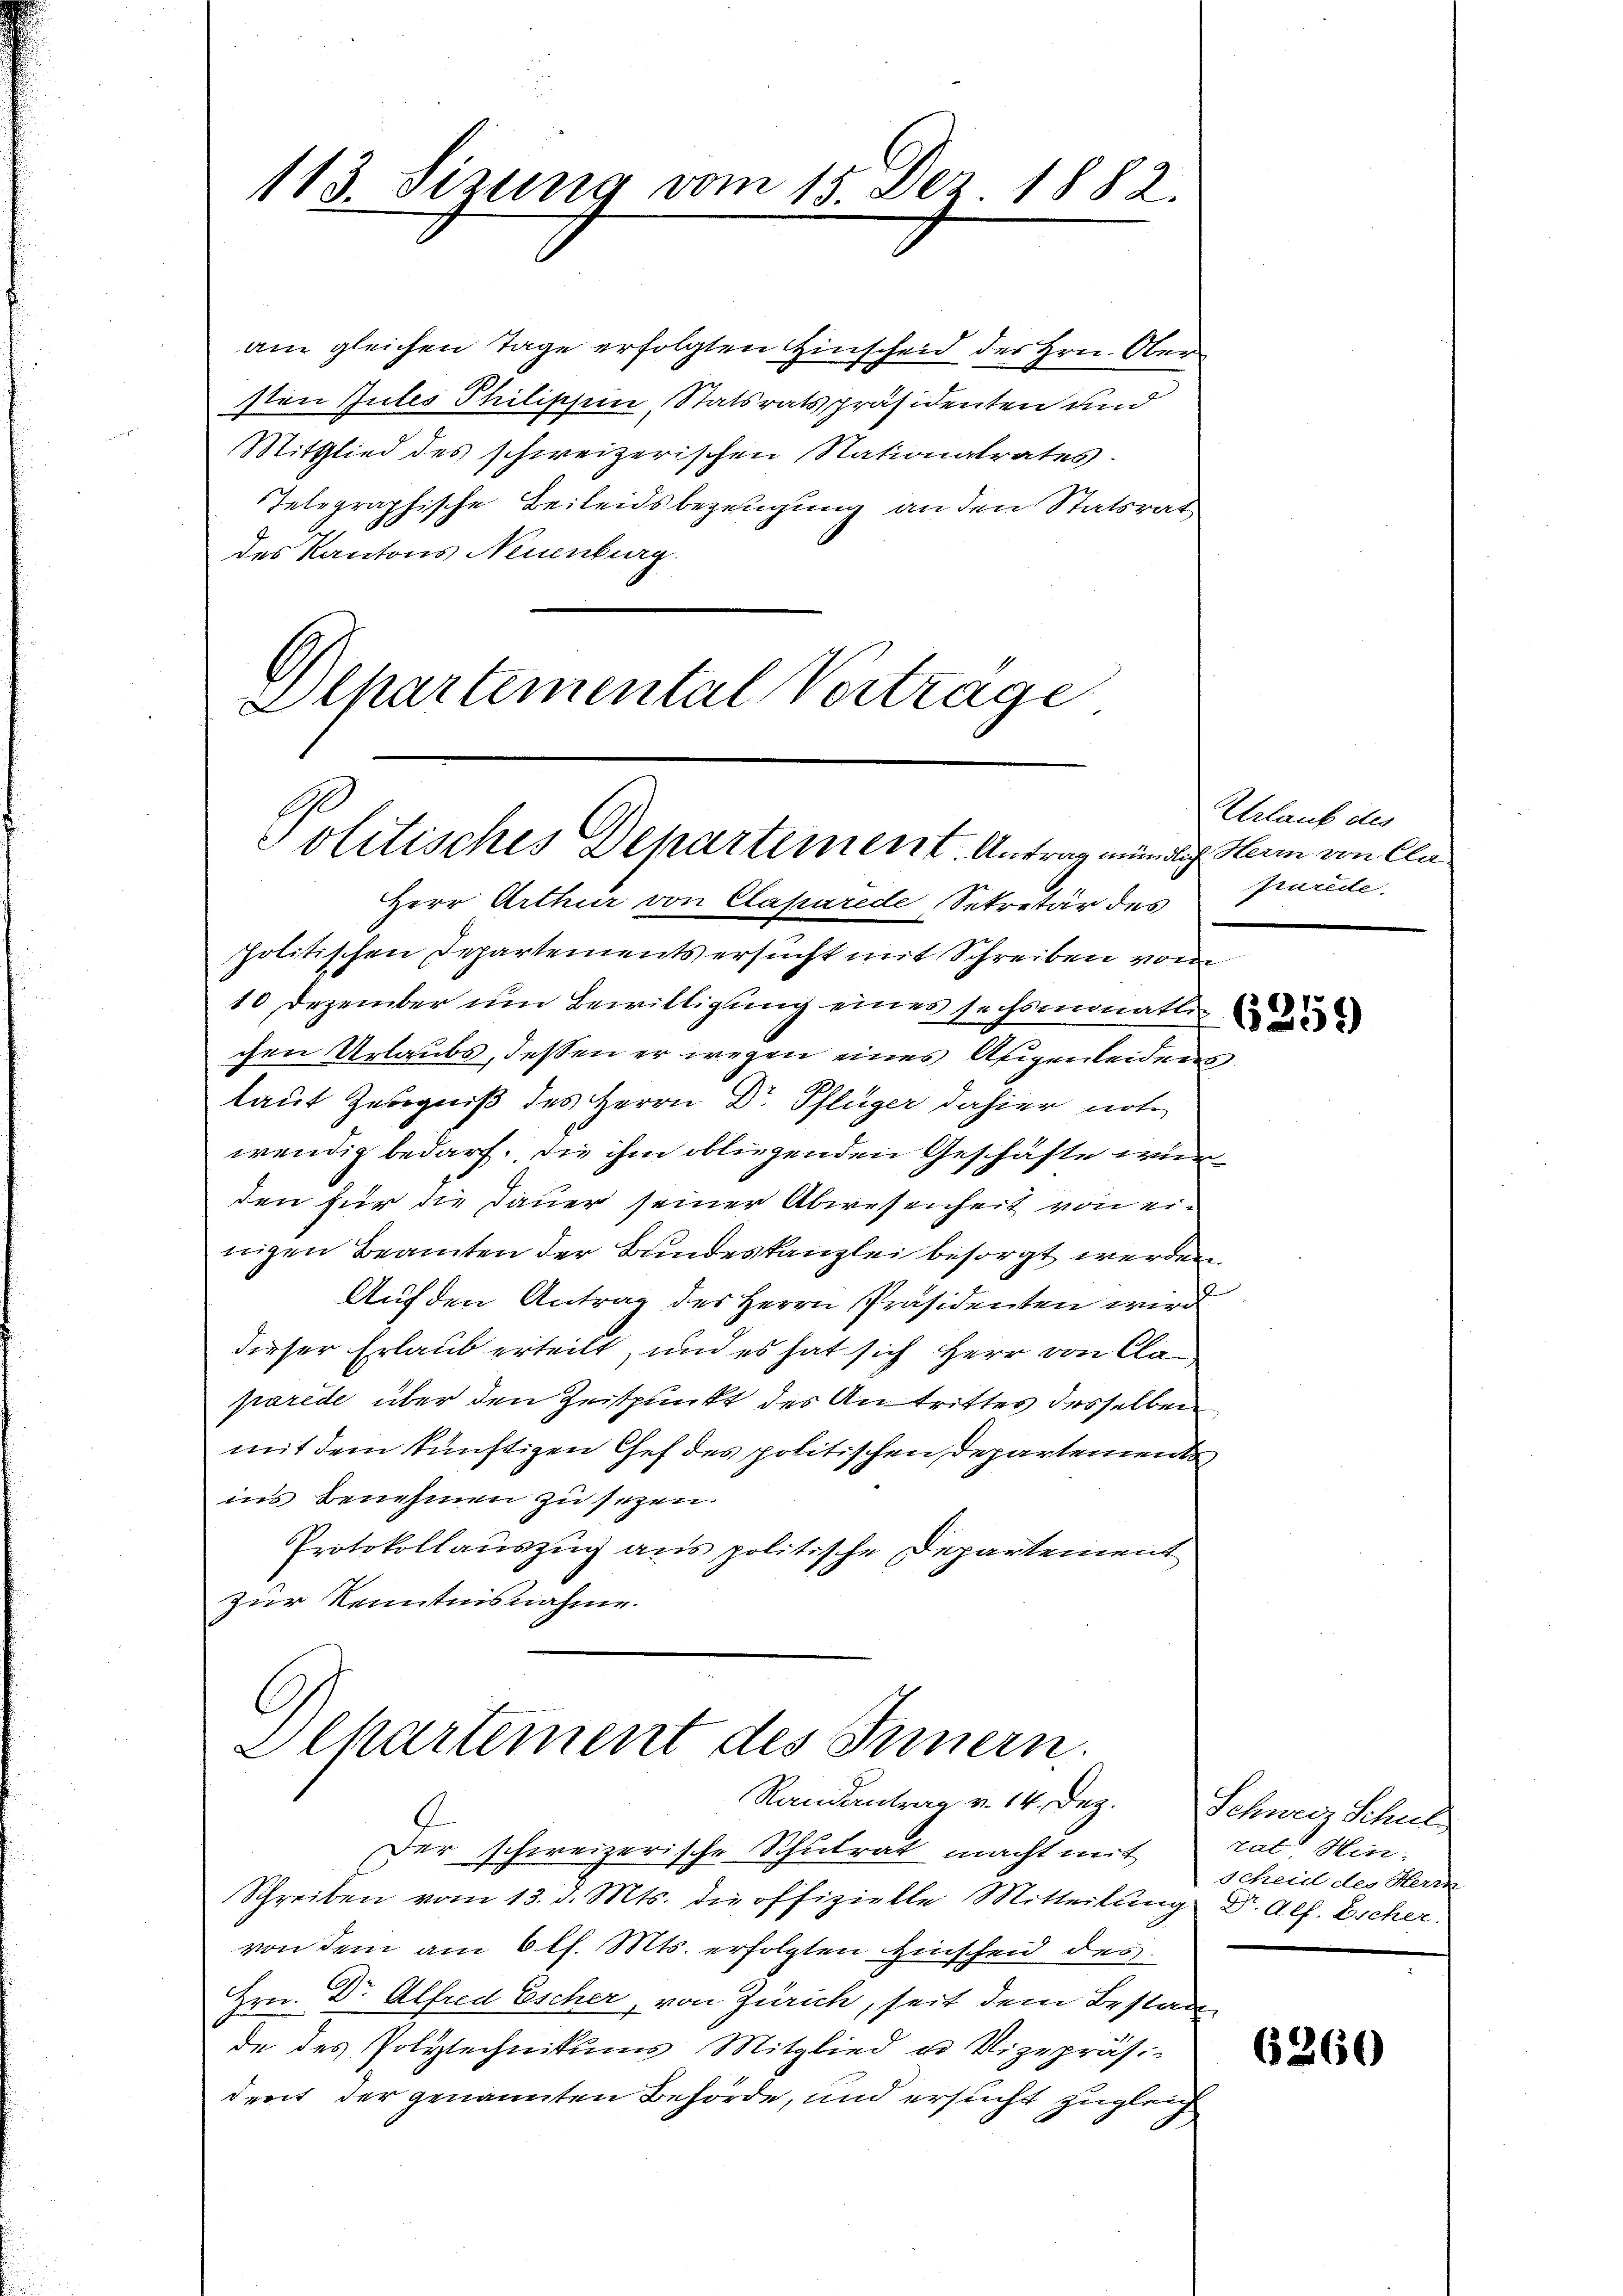
113. Sizung vom 15. Der 1882.

am gleichen Tage erfolgten Einscheid des Hrn. Ober
sten Jules Philischein, Statsratspräsidenten und
Mitglied des schweizerischen Nationalrates.
Telegraphische Beileidsbezeugung an den Statsrat
des Kantons Neuenburg.
Departemental Vertrage

Politisches Departement. Antrag mündlich Heim von Cla

Herr Arthur von Claparede Sekretär des
politischen Departements ersucht mit Schreiben vom
10 Dezember um Bewilligung eines sechsmonation de
chen Urlaubs, dessen er wegen eines Augenleidens
laut Zeugniß des Herrn Dr Pflüger dahier not
wendig bedarf. Die ihm obliegenden Geschäfte wurden für die Dauer seiner Abwesenheit von einigen Beamten der Bundeskanzlei besorgt werden.
Auf den Antrag des Herrn Präsidenten wird
dieser Erlaub erteilt, und es hat sich Herr von Clan
paride über den Zeitpunkt des Antrittes desselben
mit dem künftigen Chef des politischen Departemente
ins Benehmen zu sezen.
Protokollauszug aus politische Departement
zur Kenntnisnahme.

Elkartement des Innern.
Randantrag v. 14. Dez. Schweiz Schul

Urlaub des
prurede.

Der schweizerische Schulrat macht mit
Schreiben vom 13. d. Mts. die offizielle Mitteilung Dr. Alf. Eicher
von dem am 6 l. Mts. erfolgten Hinscheid des
Hrn. Dr Alfred Escher, von Zürich, seit dem Bestan
de des Polytechnikums Mitglied u Vizepräsi-
dert der genannten Behörde, und ersucht zugleich

rat Hin-
Scheid des Herrn

6260